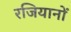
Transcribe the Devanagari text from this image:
रजियानों